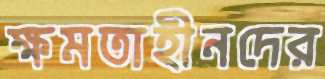
ক্ষমতাহীনদের